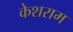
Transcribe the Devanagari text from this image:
केशराम